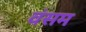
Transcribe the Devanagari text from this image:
वंसम